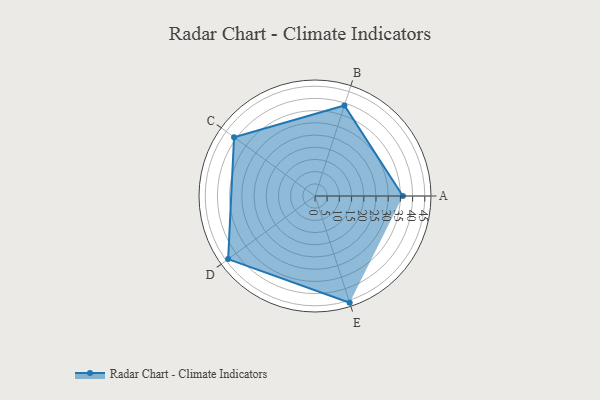
{"axis": {"x": "Skill", "y": "Score"}, "legend": ["Profile"], "data": [{"x": "A", "y": 36.0, "type": "Profile"}, {"x": "B", "y": 39.0, "type": "Profile"}, {"x": "C", "y": 41.0, "type": "Profile"}, {"x": "D", "y": 44.0, "type": "Profile"}, {"x": "E", "y": 46.0, "type": "Profile"}]}